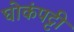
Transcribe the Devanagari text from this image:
घोकंपट्टी